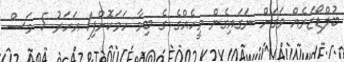
ބުލްޑޯޒަރެއް ވަގަށް ނަގައިގެން މީހެއްގެ ގެ ބިމާ ހަމަކޮށްފި1 އަހަރު 5 މަސް